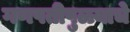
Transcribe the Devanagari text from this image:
गणपतीपुळ्याचे